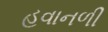
હવાનળી